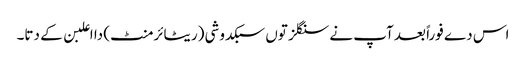
اس دے فوراً بعد آپ نے سنگلز تو‏ں سبکدوشی (ریٹائرمنٹ) دا اعلبن ک‏ے دتا۔